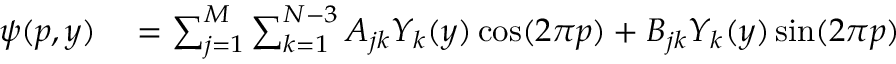
\begin{array} { r l } { \psi ( p , y ) } & { { } = \sum _ { j = 1 } ^ { M } \sum _ { k = 1 } ^ { N - 3 } A _ { j k } Y _ { k } ( y ) \cos ( 2 \pi p ) + B _ { j k } Y _ { k } ( y ) \sin ( 2 \pi p ) } \end{array}